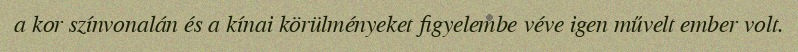
a kor színvonalán és a kínai körülményeket figyelembe véve igen művelt ember volt.